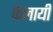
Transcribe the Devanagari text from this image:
फेलायी